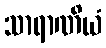
သာရာဏိယံ